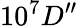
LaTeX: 10^{7}D^{\prime\prime}